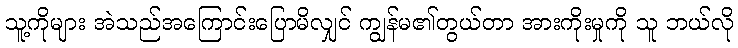
သူ့ကိုများ အဲသည်အကြောင်းပြောမိလျှင် ကျွန်မ၏တွယ်တာ အားကိုးမှုကို သူ ဘယ်လို